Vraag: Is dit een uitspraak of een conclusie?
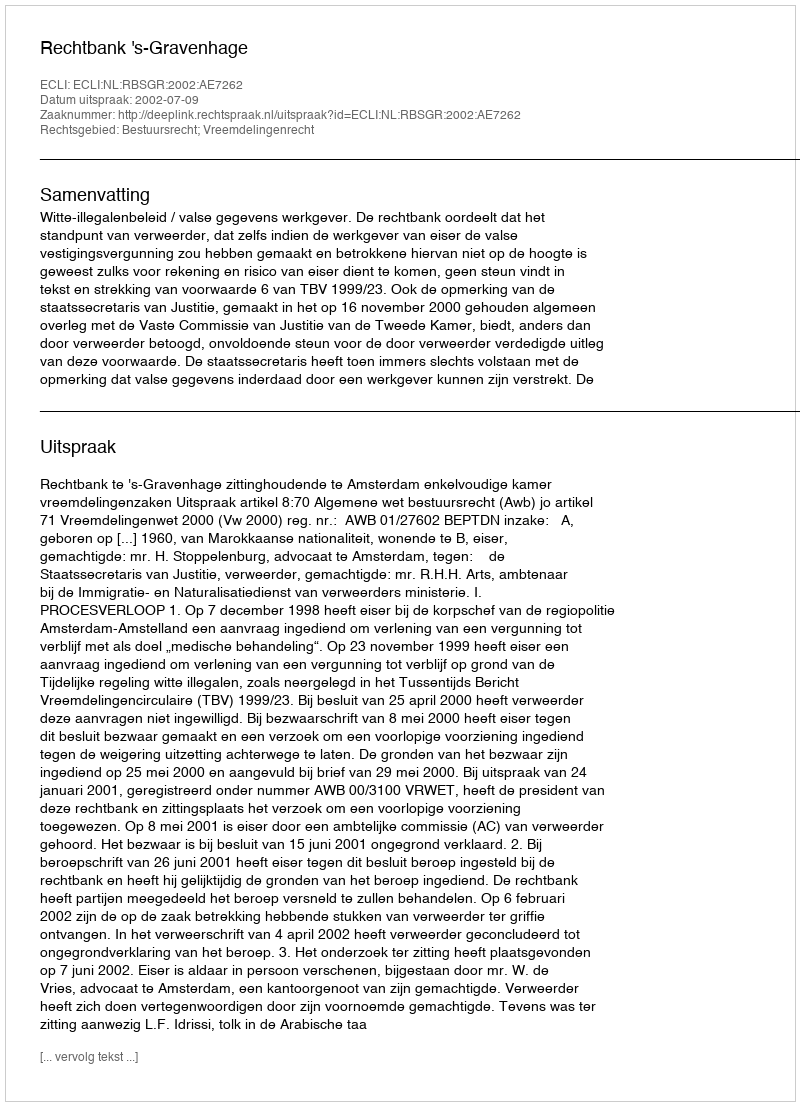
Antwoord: Uitspraak